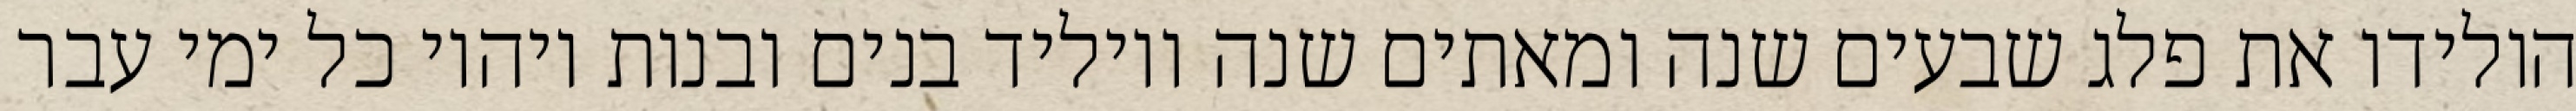
הולידו את פלג שבעים שנה ומאתים שנה ויוליד בנים ובנות ויהיו כל ימי עבר